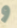
و